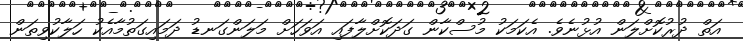
އަތް ދުރުކޮށްލަން އުޅުނެވެ. އެކަމަކު މުސްކާން ގަދަކޮށްލާފައި އަވަހަށް މަލަންގަނޑު ދަމައިގަތުމާއެކު ހަލާކުވިތަން